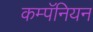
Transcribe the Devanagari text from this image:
कम्पॅनियन